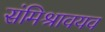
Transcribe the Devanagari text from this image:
संमिश्रावयव